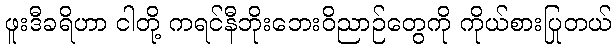
ဖူးဒီခရိဟာ ငါတို့ ကရင်နီဘိုးဘေးဝိညာဉ်တွေကို ကိုယ်စားပြုတယ်